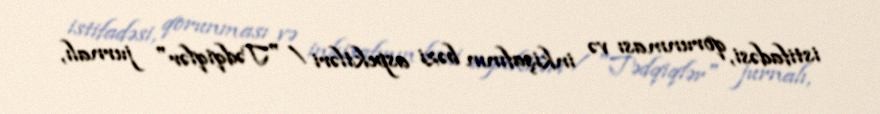
istifadəsi, qorunması və inkişafının bəzi aspektləri / "Tədqiqlər" jurnalı,